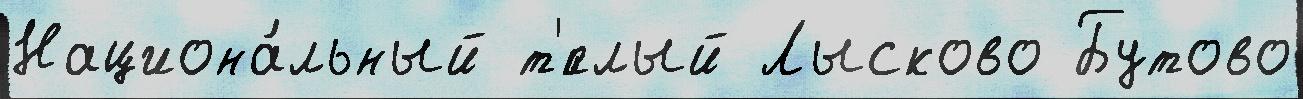
Национа́льный т'́плый Лысково Бутово